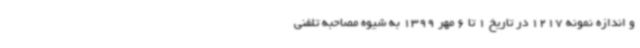
و اندازه نمونه 1217 در تاریخ 1 تا 6 مهر 1399 به شیوه مصاحبه تلفنی